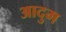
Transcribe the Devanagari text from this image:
आदुम